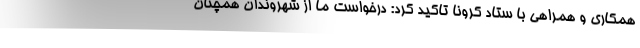
همکاری و همراهی با ستاد کرونا تاکید کرد: درخواست ما از شهروندان همچنان